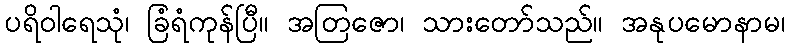
ပရိဝါရေသုံ၊ ခြံရံကုန်ပြီ။ အတြဇော၊ သားတော်သည်။ အနုပမောနာမ၊